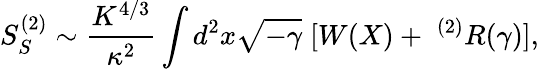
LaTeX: S_{S}^{(2)}\sim\frac{K^{4/3}}{\kappa^{2}}\int d^{2}x\sqrt{-\gamma}\; [W(X)+\; ^{(2)}R(\gamma)],